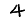
Digit: 4